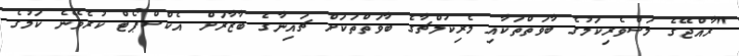
"ރާއްޖޭގެ މަސްވެރިކަމުގެ ބާވަތްތަކާއި މެރިކަލްޗާގެ ބާވަތްތަކަށް ޗައިނާގެ ބާޒާރަށް އެކްސްޕޯޓް ކުރެވޭނެ ކަމުގެ